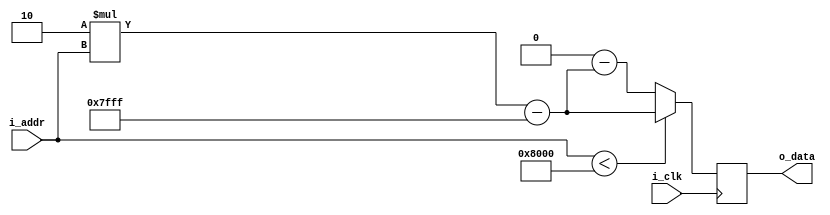
/*
* TITLE: tri_wave.v
* DESCRIPTION: Output triangular wave based on ramp input
*/

module tri_wave(
  input i_clk,
  input [15:0] i_addr,
  output reg signed [15:0] o_data
);

  always @ (posedge i_clk) begin
    if (i_addr < 32768) begin
      o_data <= (2*i_addr)-32767;
    end else begin
      o_data <= 65536 - ((2*i_addr) - 32767);
    end
  end

endmodule